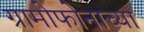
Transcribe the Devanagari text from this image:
ग्रामोफोनाच्या